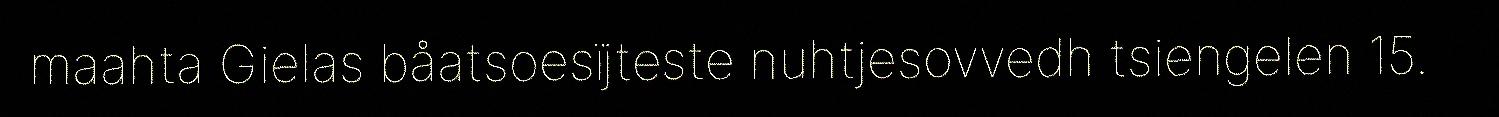
maahta Gielas båatsoesïjteste nuhtjesovvedh tsiengelen 15.